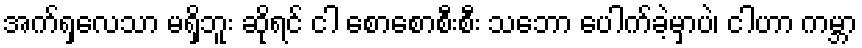
အက်ရှလေသာ မရှိဘူး ဆိုရင် ငါ စောစောစီးစီး သဘော ပေါက်ခဲ့မှာပဲ၊ ငါဟာ ကမ္ဘာ